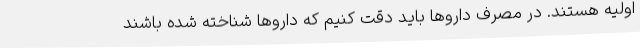
اولیه هستند. در مصرف داروها باید دقت کنیم که داروها شناخته شده باشند